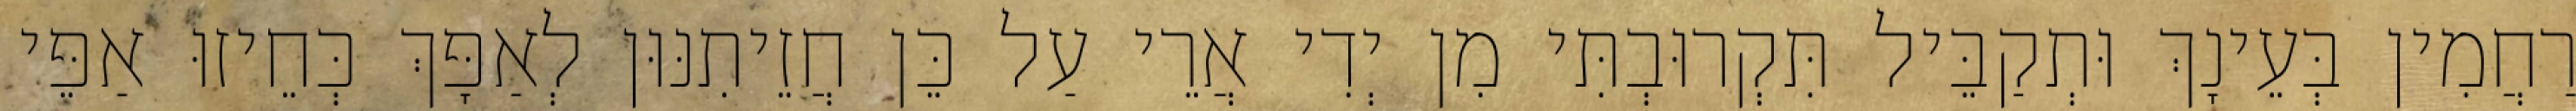
רַחֲמִין בְּעֵינָךְ וּתְקַבֵּיל תִּקְרוּבְתִּי מִן יְדִי אֲרֵי עַל כֵּן חֲזֵיתִנּוּן לְאַפָּךְ כְּחֵיזוּ אַפֵּי